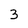
Character: 3